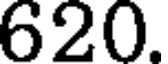
620.